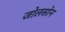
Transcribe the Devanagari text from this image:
जोलसोन